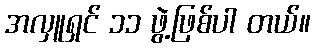
အလှူရှင် ၁၁ ဖွဲ့ဖြစ်ပါ တယ်။